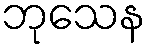
ဘုသေန